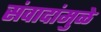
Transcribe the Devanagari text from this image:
संवादांमुळे